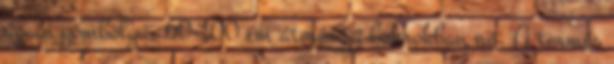
ágain gömbölyű, 60-100 cm átmérőjű bokrokban nő. A termés